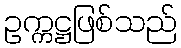
ဥက္ကဋ္ဌဖြစ်သည်